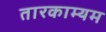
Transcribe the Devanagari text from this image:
तारकाम्यम